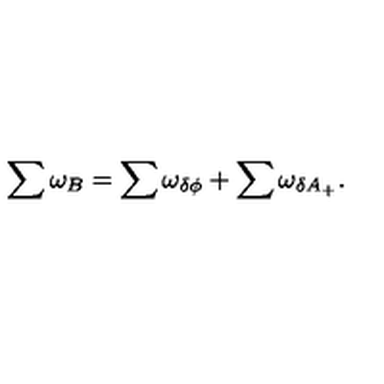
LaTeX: \sum \omega _ { B } = \sum \omega _ { \delta \phi } + \sum \omega _ { \delta A _ { + } } .